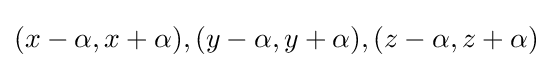
(x-\alpha ,x+\alpha ),(y-\alpha ,y+\alpha ),(z-\alpha ,z+\alpha )